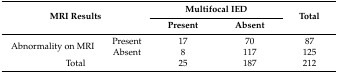
| <ROWSPAN=2-COLSPAN=2> MRI Results | <COLSPAN=2> Multifocal IED | <ROWSPAN=2> Total |
 | Present | Absent |
 | --- | --- | --- | --- | --- |
 | <ROWSPAN=2> Abnormality on MRI | Present | 17 | 70 | 87 |
 | Absent | 8 | 117 | 125 |
 | <COLSPAN=2> Total | 25 | 187 | 212 |